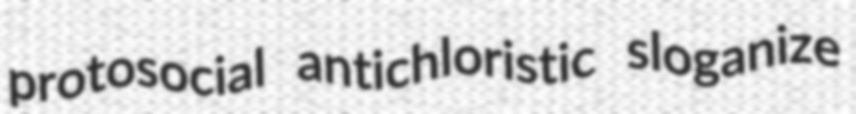
protosocial antichloristic sloganize